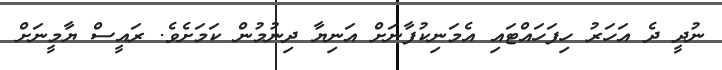
ނުދީ ދެ އަހަރު ހިފަހައްޓައި އެމަނިކުފާނަށް އަނިޔާ ދިނުމުން ކަމަށެވެ. ރައީސް ޔާމީނަށް